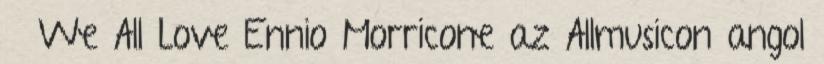
↑ We All Love Ennio Morricone az Allmusicon angol